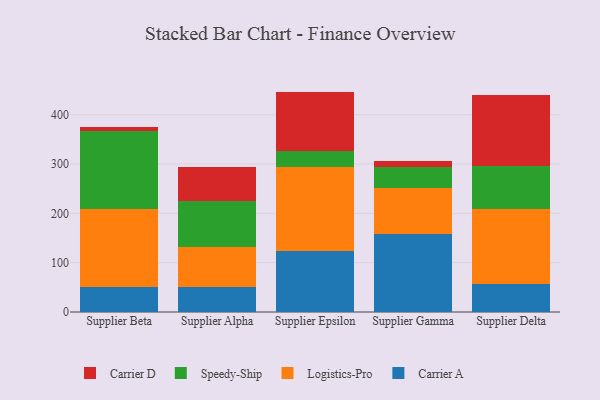
{"axis": {"x": "Supplier", "y": "Energy Usage (MWh)"}, "legend": ["Carrier A", "Carrier D", "Logistics-Pro", "Speedy-Ship"], "data": [{"x": "Supplier Beta", "y": 51.4, "type": "Carrier A"}, {"x": "Supplier Beta", "y": 158.0, "type": "Logistics-Pro"}, {"x": "Supplier Beta", "y": 158.3, "type": "Speedy-Ship"}, {"x": "Supplier Beta", "y": 6.8, "type": "Carrier D"}, {"x": "Supplier Alpha", "y": 51.3, "type": "Carrier A"}, {"x": "Supplier Alpha", "y": 81.4, "type": "Logistics-Pro"}, {"x": "Supplier Alpha", "y": 93.0, "type": "Speedy-Ship"}, {"x": "Supplier Alpha", "y": 68.5, "type": "Carrier D"}, {"x": "Supplier Epsilon", "y": 123.5, "type": "Carrier A"}, {"x": "Supplier Epsilon", "y": 170.7, "type": "Logistics-Pro"}, {"x": "Supplier Epsilon", "y": 31.6, "type": "Speedy-Ship"}, {"x": "Supplier Epsilon", "y": 121.1, "type": "Carrier D"}, {"x": "Supplier Gamma", "y": 158.5, "type": "Carrier A"}, {"x": "Supplier Gamma", "y": 92.2, "type": "Logistics-Pro"}, {"x": "Supplier Gamma", "y": 42.8, "type": "Speedy-Ship"}, {"x": "Supplier Gamma", "y": 12.4, "type": "Carrier D"}, {"x": "Supplier Delta", "y": 56.1, "type": "Carrier A"}, {"x": "Supplier Delta", "y": 153.4, "type": "Logistics-Pro"}, {"x": "Supplier Delta", "y": 86.8, "type": "Speedy-Ship"}, {"x": "Supplier Delta", "y": 144.1, "type": "Carrier D"}]}